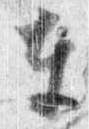
東